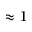
\approx 1